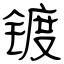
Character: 镀